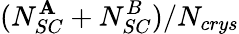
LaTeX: (N_{SC}^{\mathbf{A}}+N_{SC}^{B})/N_{crys}